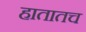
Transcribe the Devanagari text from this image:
हातातच